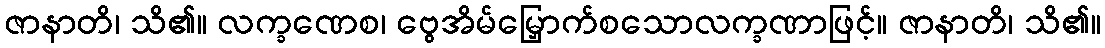
ဇာနာတိ၊ သိ၏။ လက္ခဏေစ၊ ဗွေအိမ်မြှောက်စသောလက္ခဏာဖြင့်။ ဇာနာတိ၊ သိ၏။